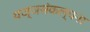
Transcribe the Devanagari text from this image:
यज्ञसंकल्पना